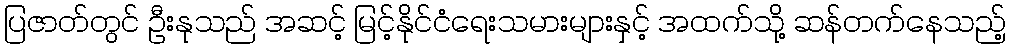
ပြဇာတ်တွင် ဦးနုသည် အဆင့် မြင့်နိုင်ငံရေးသမားများနှင့် အထက်သို့ ဆန်တက်နေသည့်